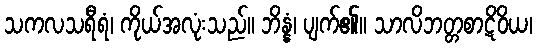
သကလသရီရံ၊ ကိုယ်အလုံးသည်။ ဘိန္နံ၊ ပျက်၏။ သာလိဘတ္တစာဋိဝိယ၊